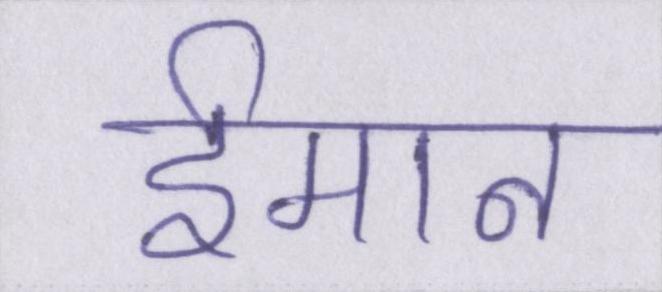
ईमान